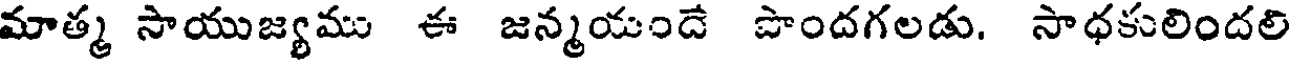
మాత్మ సాయుజ్యము ఈ జన్మయందే పొందగలడు. సాధకులిందలి